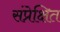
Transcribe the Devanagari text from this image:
संप्रेक्षित